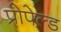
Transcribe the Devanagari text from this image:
प्रोपेल्ड